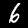
Label: 6